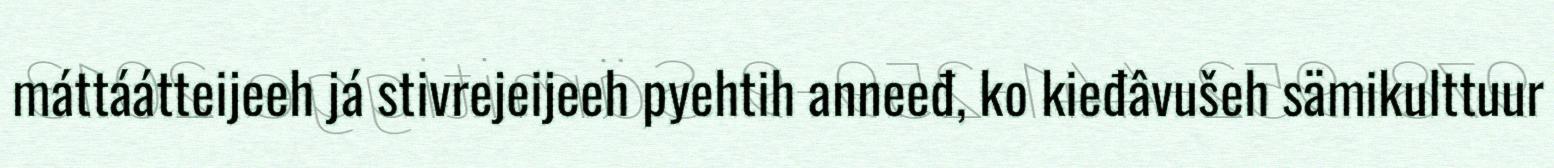
máttáátteijeeh já stivrejeijeeh pyehtih anneeđ, ko kieđâvušeh sämikulttuur